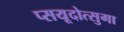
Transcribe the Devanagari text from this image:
प्सयूदोत्सुगा